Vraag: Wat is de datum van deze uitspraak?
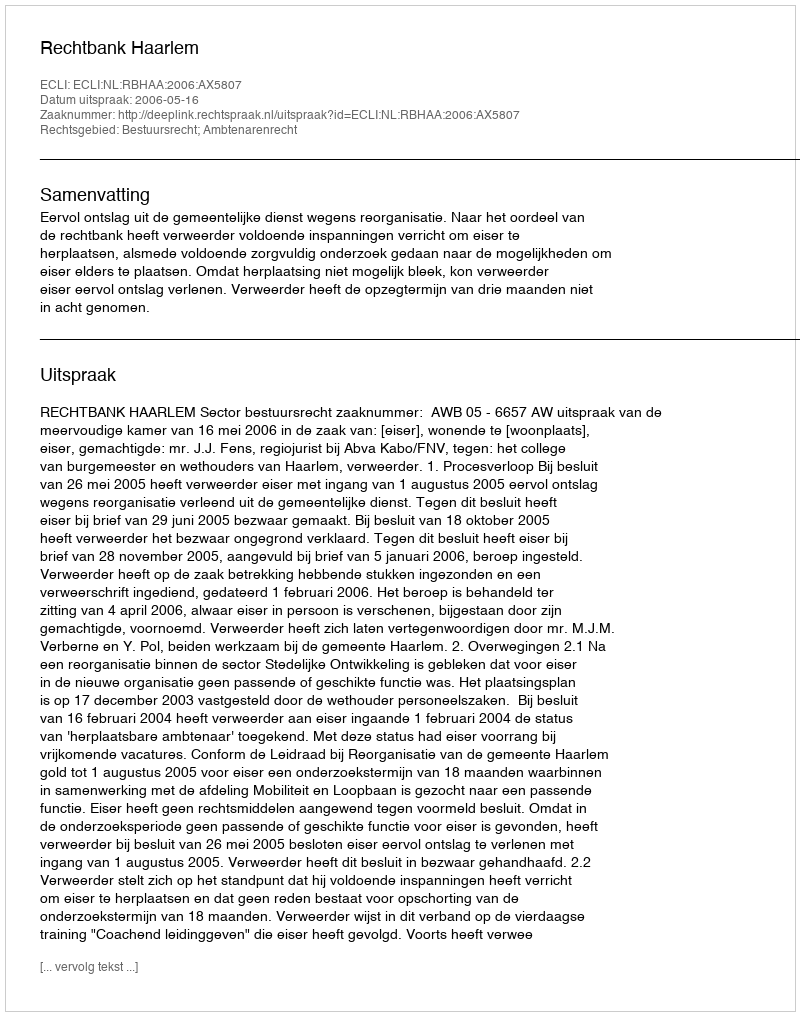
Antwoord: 2006-05-16